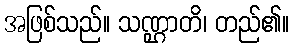
အဖြစ်သည်။ သဏ္ဌာတိ၊ တည်၏။